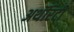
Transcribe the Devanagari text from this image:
अथॅरिटी